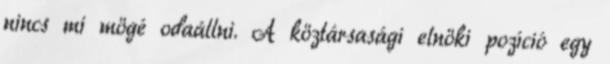
nincs mi mögé odaállni. A köztársasági elnöki pozíció egy